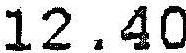
12.40